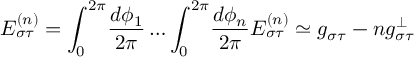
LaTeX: E _ { \sigma \tau } ^ { ( n ) } = \int _ { 0 } ^ { 2 \pi } \! \frac { d \phi _ { 1 } } { 2 \pi } \ldots \int _ { 0 } ^ { 2 \pi } \! \frac { d \phi _ { n } } { 2 \pi } { \cal E } _ { \sigma \tau } ^ { ( n ) } \simeq g _ { \sigma \tau } - n g _ { \sigma \tau } ^ { \perp }